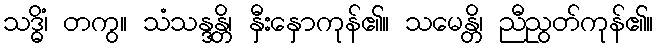
သဒ္ဓိံ၊ တကွ။ သံသန္ဒန္တိ၊ နှီးနှောကုန်၏။ သမေန္တိ၊ ညီညွတ်ကုန်၏။